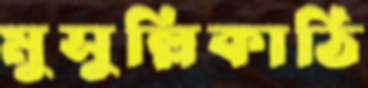
মুসুল্লিকাঠি